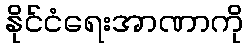
နိုင်ငံရေးအာဏာကို